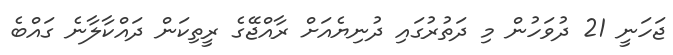
ޖަހަނީ 21 ދުވަހުން މި ދަތުރުގައި ދުނިޔެއަށް ރާއްޖޭގެ ރީތިކަން ދައްކާލާނެ ގައްބެ